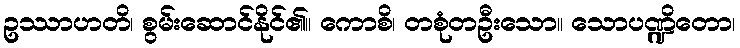
ဥဿာဟတိ၊ စွမ်းဆောင်နိုင်၏။ ကောစိ၊ တစုံတဦးသော။ သောပဏ္ဍိတော၊